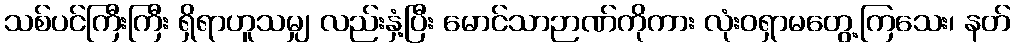
သစ်ပင်ကြီးကြီး ရှိရာဟူသမျှ လည်းနှံ့ပြီး မောင်သာဉာဏ်ကိုကား လုံးဝရှာမတွေ့ကြသေး၊ နတ်